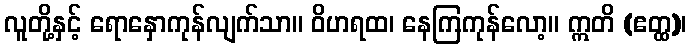
လူတို့နှင့် ရောနှောကုန်လျက်သာ။ ဝိဟရထ၊ နေကြကုန်လော့။ ဣတိ (ဧတ္ထ)၊